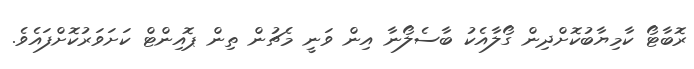
ރޮބާޓޯ ކާމިޔާބުކޮށްދިން ގޯލާއެކު ބާސެލޯނާ އިން ވަނީ މެޗުން ތިން ޕޮއިންޓް ކަށަވަރުކޮށްފައެވެ.